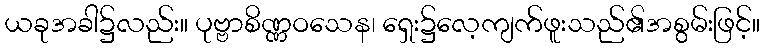
ယခုအခါ၌လည်း။ ပုဗ္ဗာစိဏ္ဏဝသေန၊ ရှေး၌လေ့ကျက်ဖူးသည်၏အစွမ်းဖြင့်။